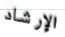
الإرشاد